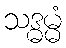
သဒ္ဓမ္မံ